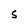
Character: S